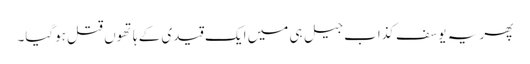
پھر یہ یوسف کذاب جیل ہی میں ایک قیدی کے ہاتھوں قتل ہوگیا۔